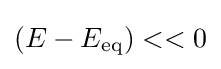
(E-E_{\rm {eq}})<<0